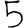
Digit: 5